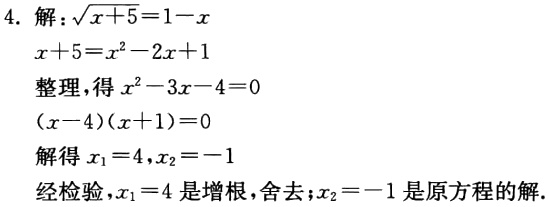
4. 解：\(\sqrt{x + 5} = 1 - x\)
\(x + 5 = x^{2} - 2x + 1\)
整理，得\(x^{2} - 3x - 4 = 0\)
\((x - 4)(x + 1)=0\)
解得\(x_{1} = 4,x_{2} = - 1\)
经检验，\(x_{1} = 4\)是增根，舍去；\(x_{2} = - 1\)是原方程的解.